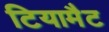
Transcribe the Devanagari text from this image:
टियामैट